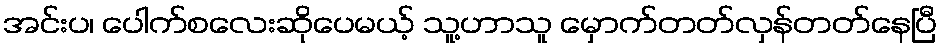
အင်းပ၊ ပေါက်စလေးဆိုပေမယ့် သူ့ဟာသူ မှောက်တတ်လှန်တတ်နေပြီ